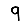
Digit: 9